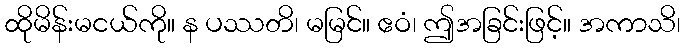
ထိုမိန်းမငယ်ကို။ န ပဿတိ၊ မမြင်။ ဧဝံ၊ ဤအခြင်းဖြင့်။ အကာသိ၊